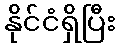
နိုင်ငံရှိပြီး